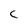
Character: C